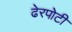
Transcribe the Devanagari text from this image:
ढेरपोटी